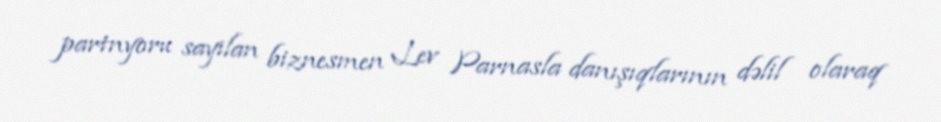
partnyoru sayılan biznesmen Lev Parnasla danışıqlarının dəlil olaraq